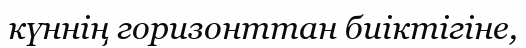
күннің горизонттан биіктігіне,